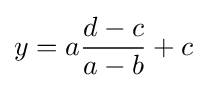
y=a{\frac {d-c}{a-b}}+c